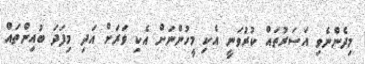
މިދެންނެވި އަސަރުތައް ކުރުވަނީ އެކި މީހުންނަށް އެކި ވަރަށް އަދި މިފަދަ ބުއިންތައް